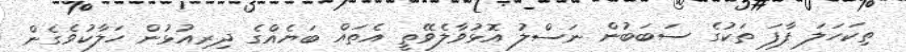
ތިކަހަލަ ފާފަ ތަކުގެ ސަބަބުން ނަސްލު އޮޅުވާލެވޭތީ އެތައް ބަޔެއްގެ ދިރިއުޅުން ހަލާކުވެގެން